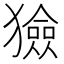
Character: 獫